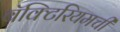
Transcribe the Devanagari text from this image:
बॅक्टिरियमची